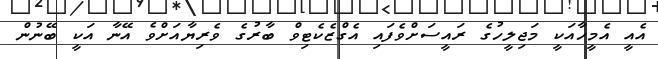
އެއީ އެމީހާއަކީ މަޖިލީހުގެ ރައީސަށްވެފައި އެގްޒެކެޓިވް ބާރުގެ ވެރިޔާއަށްވެ އޭނާ އަކީ ބޭނުން